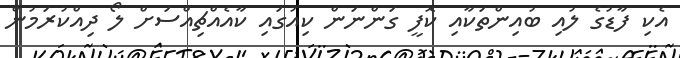
އެކި ފާޑުގެ ލުއި ބުއިންތަކާއި ކޮފީ ގަންނަން ކިއުގައި ކާއެއްޗިއްސަށް ލޯ ދިއްކުރަމުން